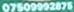
07509992875